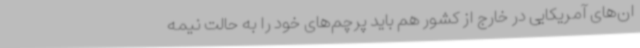
ان‌های آمریکایی در خارج از کشور هم باید پرچم‌های خود را به حالت نیمه